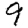
Digit: 9